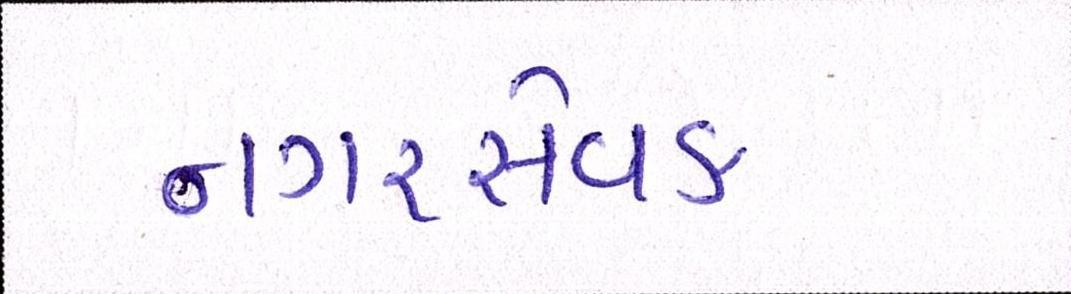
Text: નગરસેવક